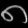
Digit: ၈